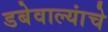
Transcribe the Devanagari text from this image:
डबेवाल्यांचे